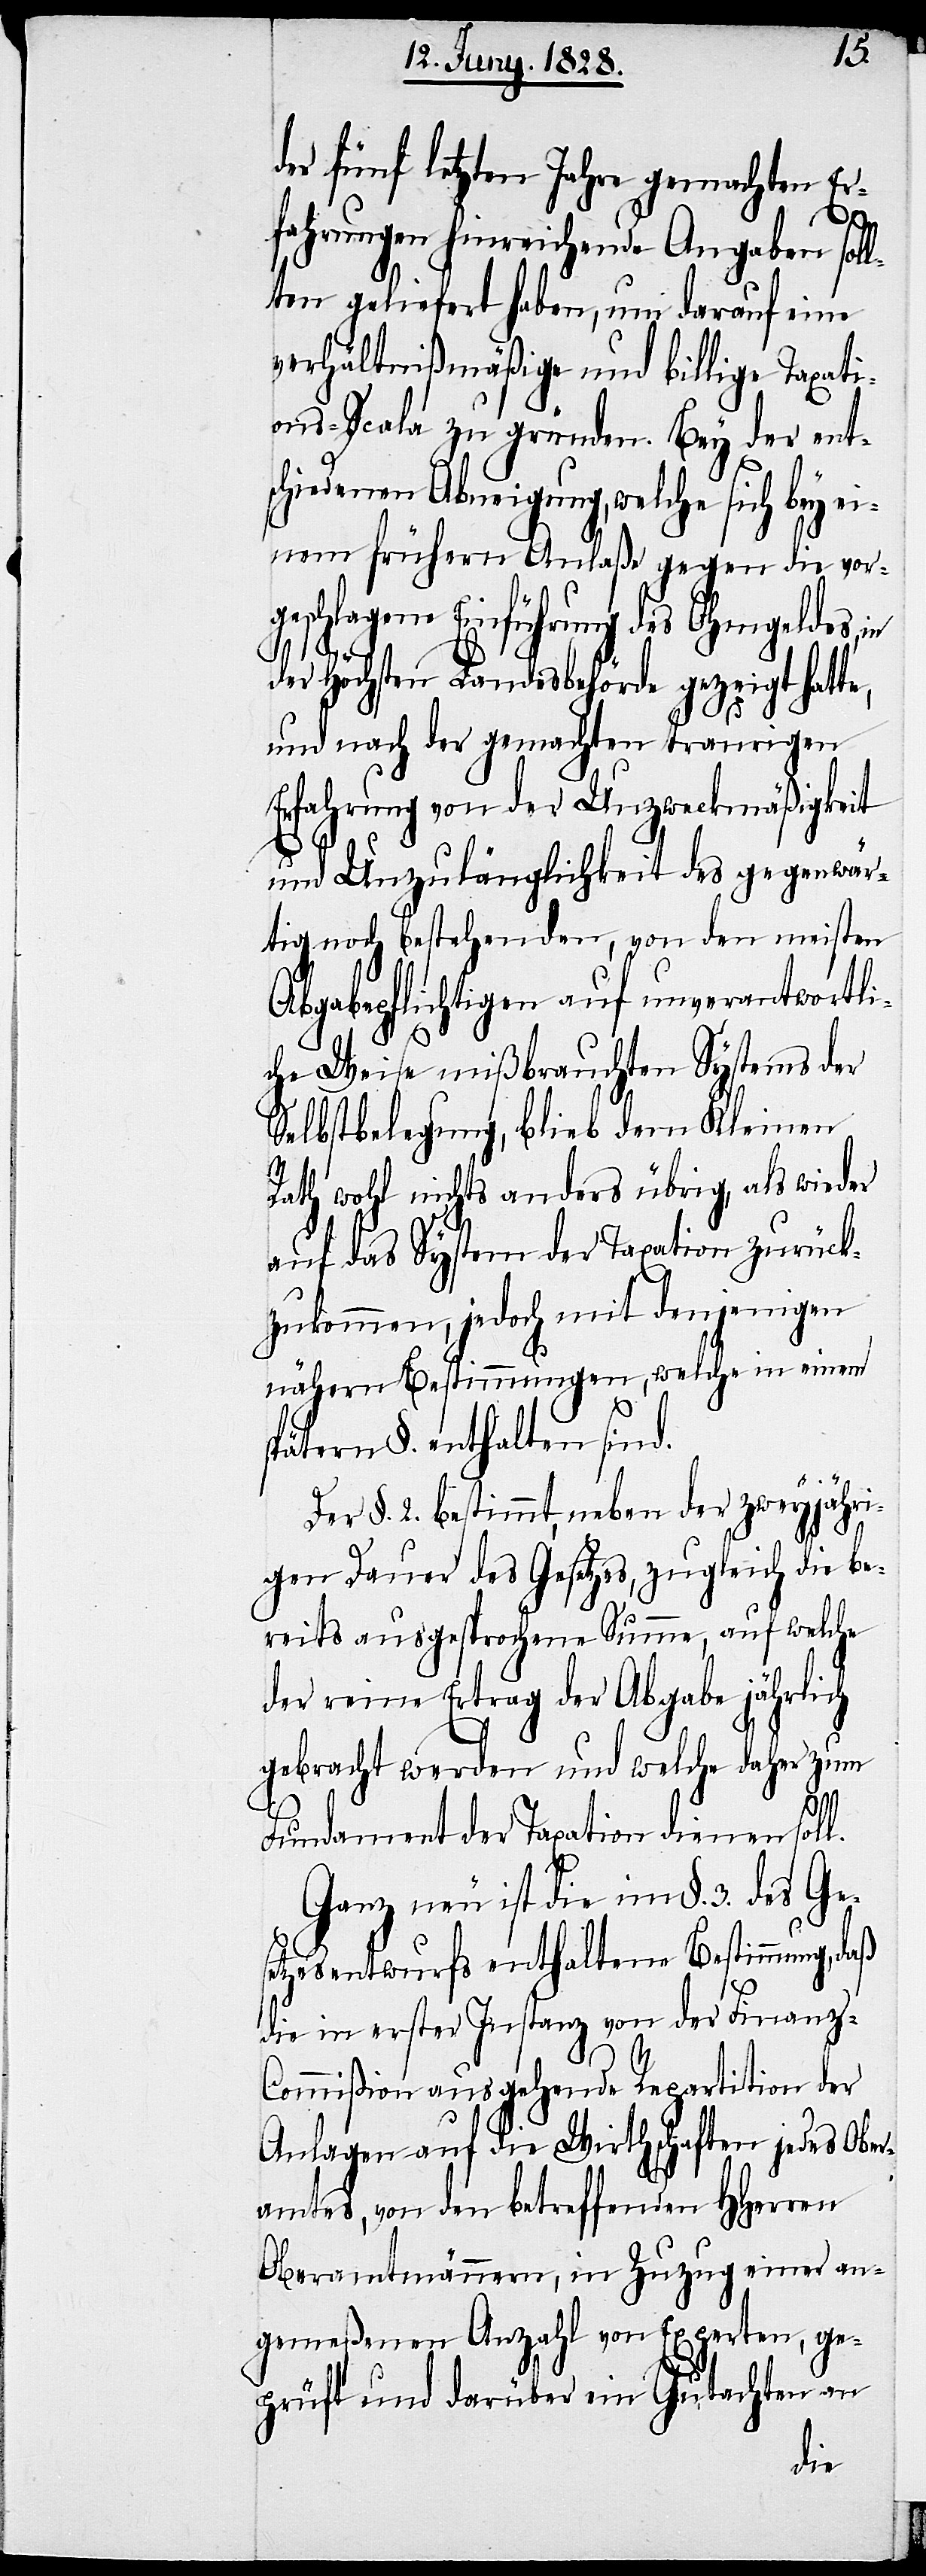
der fünf letzten Jahre gemachten Er¬
fahrungen hinreichende Angaben sol¬
lten geliefert haben, um darauf eine
verhältnißmäßige und billige Taxati¬
ons-Scala zu gründen. Bey der ent¬
schiedenen Abneigung, welche sich bey ei¬
nem frühern Anlaße gegen die vor¬
geschlagene Einführung des Ohmgeldes, in
der Höchsten Landesbehörde gezeigt hatte,
und nach der gemachten traurigen
Erfahrung von der Unzweckmäßigkeit
und Unzulänglichkeit des gegenwär¬
tig noch bestehenden, von den meisten
Abgabepflichtigen auf unverantwortli¬
che Weise mißbrauchten Systems der
Selbstbelegung, blieb dem Kleinen
Rath wohl nichts anders übrig, als wieder
auf das System der Taxation zurück¬
zukommen, jedoch mit denjenigen
nähern Bestimmungen, welch in einem
spätern §. enthalten sind.
Der §. 2. bestimmt, neben der zweyjähri¬
gen Dauer des Gesetzes, zugleich die be¬
reits ausgesprochene Summe, auf welche
der reine Ertrag der Abgabe jährlich
gebracht werden und welche daher zum
Fundament der Taxation dienen soll.
Ganz neu ist die im §. 3. des Ges¬
etzesentwurfs enthaltene Bestimmung, daß
die in erster Instanz von der Finanz-C¬
ommißion ausgehende Repartition der
Anlagen auf die Wirthschaften jedes Ober¬
amtes, von den betreffenden HHerren
Oberamtmännern, in Zuzug einer an¬
gemeßenen Anzahl von Experten, ge¬
prüft und darüber ein Gutachten an